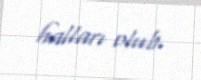
halları olub.